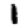
Digit: 1